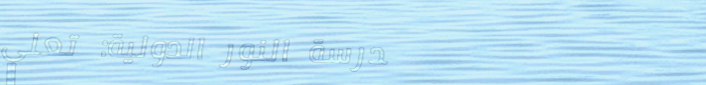
مدرسة النور الدولية: تعلي